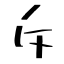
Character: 斥